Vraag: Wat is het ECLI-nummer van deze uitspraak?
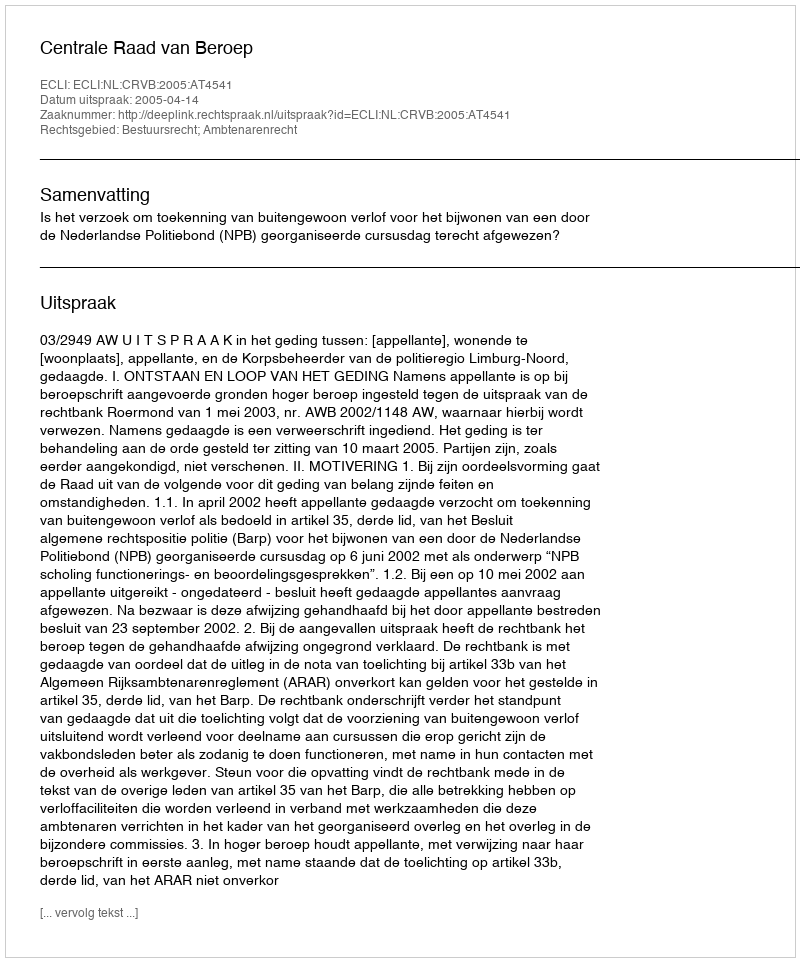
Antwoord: ECLI:NL:CRVB:2005:AT4541